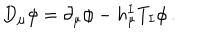
D _ { \mu } \phi = \partial _ { \mu } \phi - h _ { \mu } ^ { I } T _ { I } \phi \, .